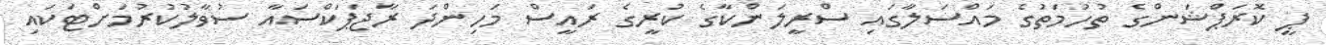
ޕީ ކޮރަޕްޝަންގެ ތުހުމަތުގެ މައްސަލާގައި ސްރީލަންކާގެ ކުރީގެ ރައީސް މަހިންދަ ރާޖަޕަކްސައާ ސުވާލުކުރުމަށްޓަކައި